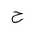
Letter: _ha